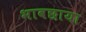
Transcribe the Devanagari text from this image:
भावछाया